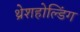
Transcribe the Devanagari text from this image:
थ्रेशहोल्डिंग